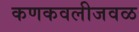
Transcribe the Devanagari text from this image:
कणकवलीजवळ